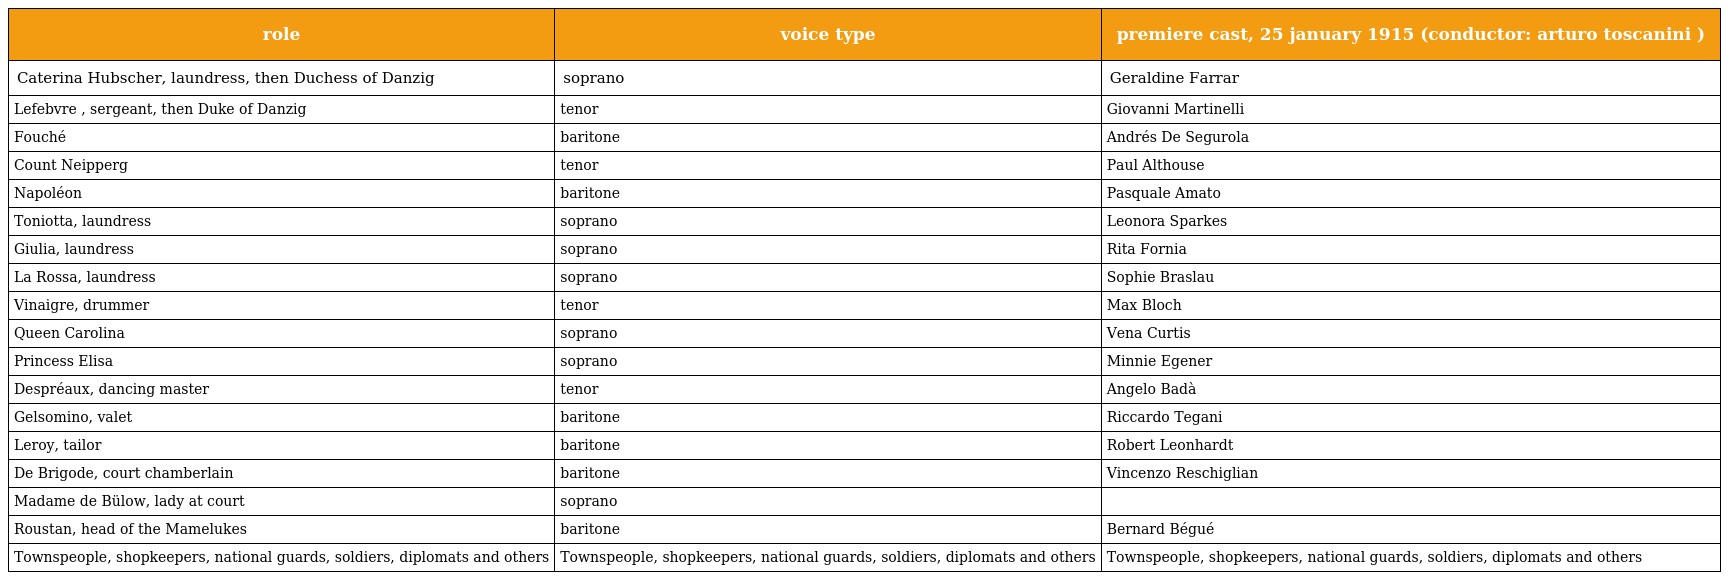
| role | voice type | premiere cast, 25 january 1915 (conductor: arturo toscanini ) |
 | --- | --- | --- |
 | Caterina Hubscher, laundress, then Duchess of Danzig | soprano | Geraldine Farrar |
 | Lefebvre , sergeant, then Duke of Danzig | tenor | Giovanni Martinelli |
 | Fouché | baritone | Andrés De Segurola |
 | Count Neipperg | tenor | Paul Althouse |
 | Napoléon | baritone | Pasquale Amato |
 | Toniotta, laundress | soprano | Leonora Sparkes |
 | Giulia, laundress | soprano | Rita Fornia |
 | La Rossa, laundress | soprano | Sophie Braslau |
 | Vinaigre, drummer | tenor | Max Bloch |
 | Queen Carolina | soprano | Vena Curtis |
 | Princess Elisa | soprano | Minnie Egener |
 | Despréaux, dancing master | tenor | Angelo Badà |
 | Gelsomino, valet | baritone | Riccardo Tegani |
 | Leroy, tailor | baritone | Robert Leonhardt |
 | De Brigode, court chamberlain | baritone | Vincenzo Reschiglian |
 | Madame de Bülow, lady at court | soprano |  |
 | Roustan, head of the Mamelukes | baritone | Bernard Bégué |
 | Townspeople, shopkeepers, national guards, soldiers, diplomats and others | Townspeople, shopkeepers, national guards, soldiers, diplomats and others | Townspeople, shopkeepers, national guards, soldiers, diplomats and others |